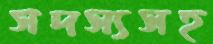
সদস্যসহ